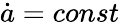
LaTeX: {\dot{a}}=const